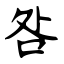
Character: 咎